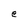
Character: e